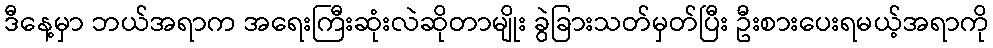
ဒီနေ့မှာ ဘယ်အရာက အရေးကြီးဆုံးလဲဆိုတာမျိုး ခွဲခြားသတ်မှတ်ပြီး ဦးစားပေးရမယ့်အရာကို